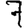
Digit: 7